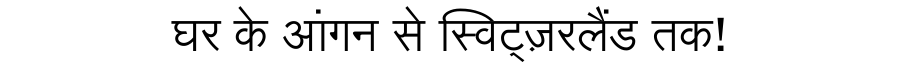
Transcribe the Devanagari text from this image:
घर के आंगन से स्विट्ज़रलैंड तक!